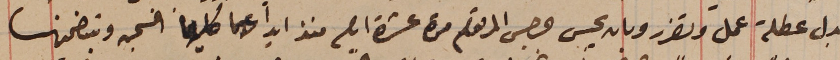
بدل عطلة عمل وتضرر وبان يحس جرجس المرقوم مدة عشرة ايام منذ ايداعهما كليهما السجن وبتضمينها